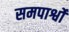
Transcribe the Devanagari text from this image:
समपार्श्वो